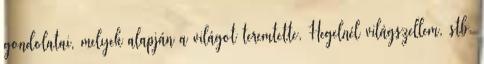
gondolatai, melyek alapján a világot teremtette, Hegelnél világszellem, stb.